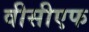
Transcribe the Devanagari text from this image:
वीसीएफ